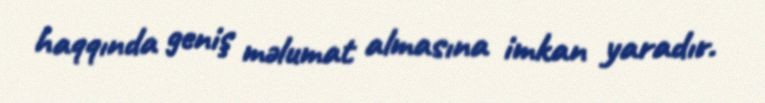
haqqında geniş məlumat almasına imkan yaradır.